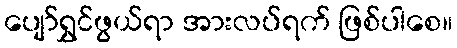
ပျော်ရွှင်ဖွယ်ရာ အားလပ်ရက် ဖြစ်ပါစေ။